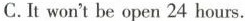
C.It won't be open 24 hours.